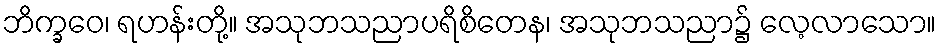
ဘိက္ခဝေ၊ ရဟန်းတို့။ အသုဘသညာပရိစိတေန၊ အသုဘသညာ၌ လေ့လာသော။